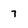
Character: 7